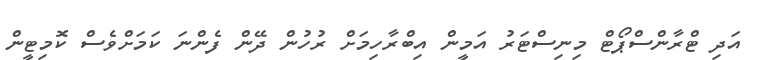
އަދި ޓްރާންސްޕޯޓް މިނިސްޓަރު އަމީން އިބްރާހިމަށް ރުހުން ދޭން ފެންނަ ކަމަށްވެސް ކޮމިޓީން